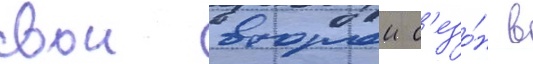
свои второи с'езо́н в